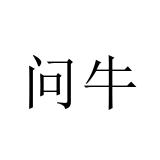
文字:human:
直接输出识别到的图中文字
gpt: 问牛